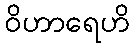
ဝိဟာရေဟိ